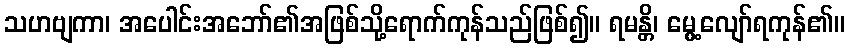
သဟဗျကာ၊ အပေါင်းအဘော်၏အဖြစ်သို့ရောက်ကုန်သည်ဖြစ်၍။ ရမန္တိ၊ မွေ့လျော်ရကုန်၏။